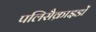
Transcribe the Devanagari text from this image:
पलिसैक्राइडों